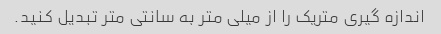
اندازه گیری متریک را از میلی متر به سانتی متر تبدیل کنید.